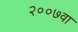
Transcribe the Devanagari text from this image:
२००७वा